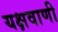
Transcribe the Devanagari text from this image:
यक्षवाणी